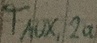
Text: TAUX,2a